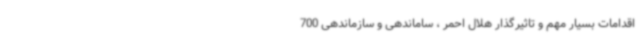
اقدامات بسیار مهم و تاثیرگذار هلال احمر ، ساماندهی و سازماندهی 700